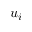
u _ { i }